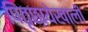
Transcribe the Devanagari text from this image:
पितृछायेखाली